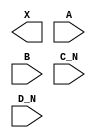
module sky130_fd_sc_lp__or4bb (
    X  ,
    A  ,
    B  ,
    C_N,
    D_N
);

    output X  ;
    input  A  ;
    input  B  ;
    input  C_N;
    input  D_N;

    // Voltage supply signals
    supply1 VPWR;
    supply0 VGND;
    supply1 VPB ;
    supply0 VNB ;

endmodule